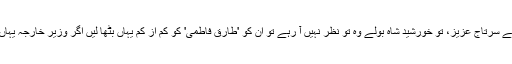
کیا نام ہے ان کا تو ایوان میں متعدد ارکان بولے سرتاج عزیز، تو خورشید شاہ بولے وہ تو نظر نہیں آ رہے تو ان کو 'طارق فاطمی' کو کم از کم یہاں بٹھا لیں اگر وزیر خارجہ یہاں نہیں تو انڈیا ہمارے اوپر دباؤ کیوں نہ ڈالے؟